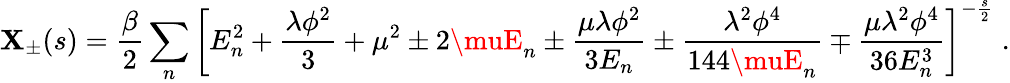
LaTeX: \mathbf{X}_{\pm}(s)=\frac{{\beta}}{{2}}\sum_{n}\left[E_{n}^{2}+\frac{{\lambda\phi^{2}}}{{3}}+\mu^{2}\pm2\muE_{n}\pm\frac{{\mu\lambda\phi^{2}}}{{3E_{n}}}\pm\frac{{\lambda^{2}\phi^{4}}}{{144\muE_{n}}}\mp\frac{{\mu\lambda^{2}\phi^{4}}}{{36E_{n}^{3}}}\right]^{-\frac{{s}}{{2}}}\; .